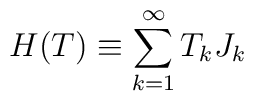
H(T) \equiv \sum_{k=1}^{\infty} T_{k}J_{k}